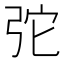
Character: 𢏋